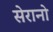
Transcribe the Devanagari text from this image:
सेरानो